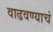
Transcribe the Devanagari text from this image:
वाढवण्याचं